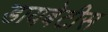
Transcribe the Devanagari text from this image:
डायबेटीस